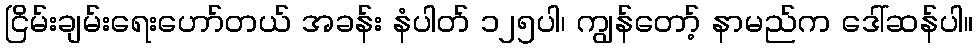
ငြိမ်းချမ်းရေးဟော်တယ် အခန်း နံပါတ် ၁၂၅ပါ၊ ကျွန်တော့် နာမည်က ဒေါ်ဆန်ပါ။